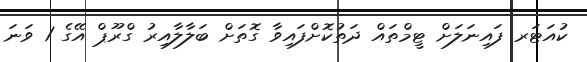
ކުއަޓަރ ފައިނަލަށް ޓީމްތައް ދަތުކޮށްފައިވާ ގޮތަށް ބަލާލާއިރު ގްރޫޕް އޭގެ 1 ވަނަ